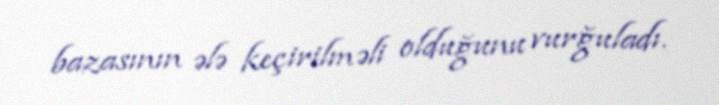
bazasının ələ keçirilməli olduğunu vurğuladı.